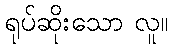
ရုပ်ဆိုးသော လူ။